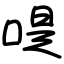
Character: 㖷